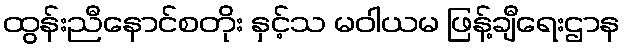
ထွန်းညီနောင်စတိုး နှင့်သ မဝါယမ ဖြန့်ချီရေးဌာန